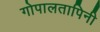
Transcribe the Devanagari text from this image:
गोपालतापिनी